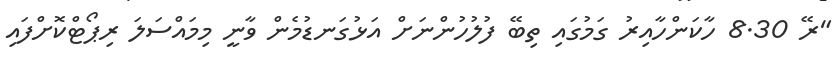
"ރޭ 8.30 ހާކަންހާއިރު ގަމުގައި ތިބޭ ފުލުހުންނަށް އަޅުގަނޑުމެން ވާނީ މިމައްސަލަ ރިޕޯޓްކޮށްފައި